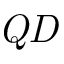
\it Q D